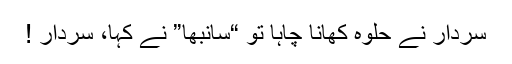
سردار نے حلوہ کھانا چاہا تو “سانبھا” نے کہا، سردار !